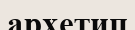
архетип